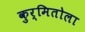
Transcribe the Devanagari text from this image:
कुर्मितोला